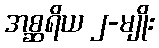
အစ္ဆရိယ ၂-မျိုး